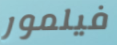
فيلمور